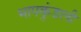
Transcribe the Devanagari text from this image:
भापकुंडली